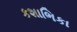
કશાભિકા